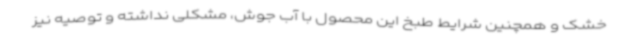
خشک و همچنین شرایط طبخ این محصول با آب جوش، مشکلی نداشته و توصیه نیز